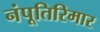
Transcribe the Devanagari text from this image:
नंपूतिरिमार